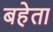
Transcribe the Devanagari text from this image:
बहेता